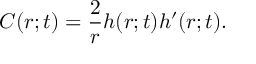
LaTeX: C ( r ; t ) = \frac { 2 } { r } h ( r ; t ) h ^ { \prime } ( r ; t ) .